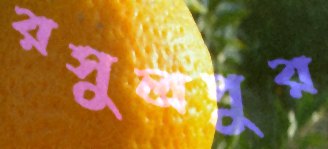
রসুলপুর